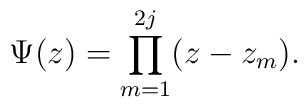
\Psi(z) = \prod^{2j}_{m=1} (z-z_m).